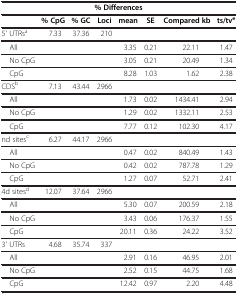
| <COLSPAN=8> % Differences |
 | --- | --- | --- | --- | --- | --- | --- | --- |
 |  | % CpG | % GC | Loci | mean | SE | Compared kb | ts/tve |
 | 5' UTRsa | 7.33 | 37.36 | 210 |  |  |  |  |
 | All |  |  |  | 3.35 | 0.21 | 22.11 | 1.47 |
 | No CpG |  |  |  | 3.05 | 0.21 | 20.49 | 1.34 |
 | CpG |  |  |  | 8.28 | 1.03 | 1.62 | 2.38 |
 | CDSb | 7.13 | 43.44 | 2966 |  |  |  |  |
 | All |  |  |  | 1.73 | 0.02 | 1434.41 | 2.94 |
 | No CpG |  |  |  | 1.29 | 0.02 | 1332.11 | 2.53 |
 | CpG |  |  |  | 7.77 | 0.12 | 102.30 | 4.17 |
 | nd sitesc | 6.27 | 44.17 | 2966 |  |  |  |  |
 | All |  |  |  | 0.47 | 0.02 | 840.49 | 1.43 |
 | No CpG |  |  |  | 0.42 | 0.02 | 787.78 | 1.29 |
 | CpG |  |  |  | 1.27 | 0.07 | 52.71 | 2.41 |
 | 4d sitesd | 12.07 | 37.64 | 2966 |  |  |  |  |
 | All |  |  |  | 5.30 | 0.07 | 200.59 | 2.18 |
 | No CpG |  |  |  | 3.43 | 0.06 | 176.37 | 1.55 |
 | CpG |  |  |  | 20.11 | 0.36 | 24.22 | 3.52 |
 | 3' UTRs | 4.68 | 35.74 | 337 |  |  |  |  |
 | All |  |  |  | 2.91 | 0.16 | 46.95 | 2.01 |
 | No CpG |  |  |  | 2.52 | 0.15 | 44.75 | 1.68 |
 | CpG |  |  |  | 12.42 | 0.97 | 2.20 | 4.48 |